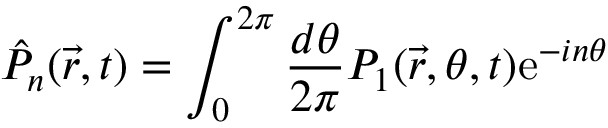
\hat { P } _ { n } ( \vec { r } , t ) = \int _ { 0 } ^ { 2 \pi } { \frac { d \theta } { 2 \pi } } P _ { 1 } ( \vec { r } , \theta , t ) \mathrm { e } ^ { - i n \theta }